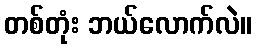
တစ်တုံး ဘယ်လောက်လဲ။